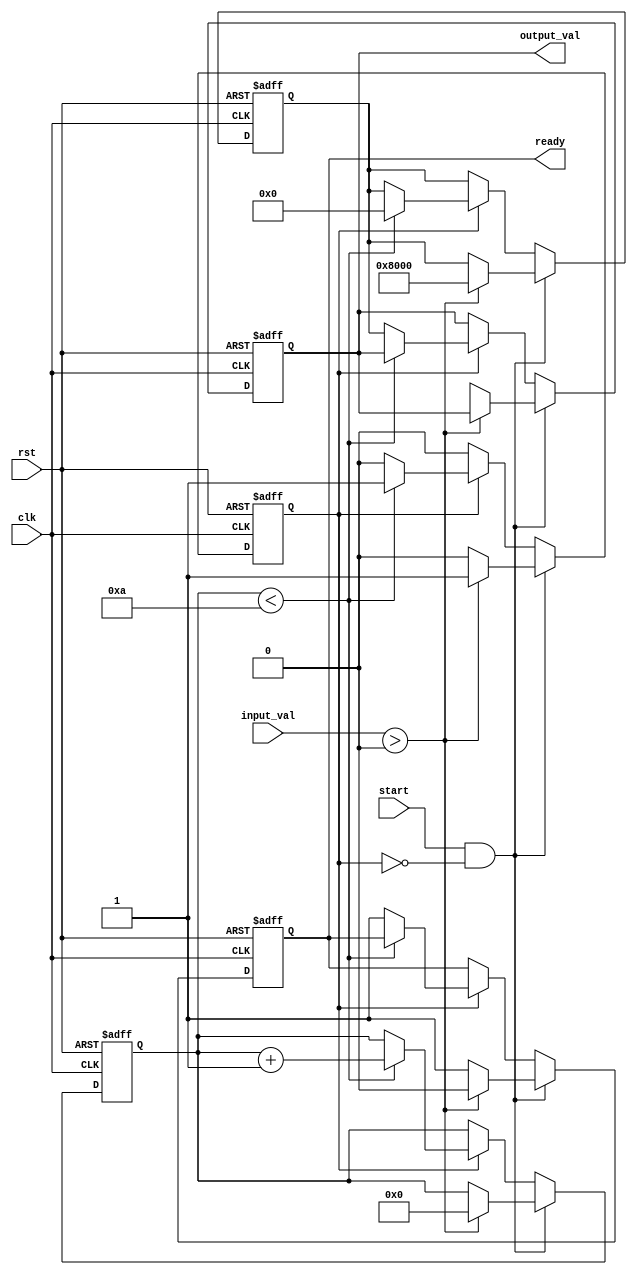
module binary_fractional_reciprocal #(
    parameter N = 16,               // Input width
    parameter M = 32,               // Output width
    parameter MAX_ITER = 10         // Maximum iterations for Newton-Raphson
)(
    input wire clk,
    input wire rst,
    input wire start,
    input wire [N-1:0] input_val,   // Input value (binary fractional)
    output reg [M-1:0] output_val,   // Output value (reciprocal)
    output reg ready                 // Ready signal
);

    // Internal signals
    reg [M-1:0] x;                   // Approximation of reciprocal
    reg [3:0] iteration_count;       // Iteration counter
    reg computing;                   // Flag for computation in progress

    // State machine for processing
    always @(posedge clk or posedge rst) begin
        if (rst) begin
            output_val <= 0;
            ready <= 0;
            x <= 0;
            iteration_count <= 0;
            computing <= 0;
        end else if (start && !computing) begin
            // Start computation
            if (input_val > 0) begin
                x <= {1'b1, {M-N-1{1'b0}}}; // Initial guess for 1/input_val
                iteration_count <= 0;
                computing <= 1;
                ready <= 0;
            end else begin
                // Handle division by zero case
                output_val <= {M{1'bx}}; // Output undefined
                ready <= 1;
                computing <= 0;
            end
        end else if (computing) begin
            // Perform Newton-Raphson iteration
            if (iteration_count < MAX_ITER) begin
                x <= x * (2**M - input_val * x) >> M; // x = x * (2 - input * x)
                iteration_count <= iteration_count + 1;
            end else begin
                // Finalize output after iterations
                output_val <= x;
                ready <= 1;
                computing <= 0;
            end
        end
    end

endmodule